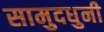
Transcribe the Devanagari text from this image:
सामुदधुनी